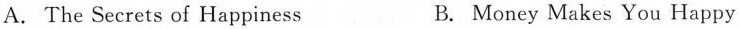
A. The Secrets of Happiness B. Money Makes You Happy